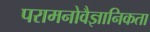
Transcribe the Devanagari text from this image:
परामनोवैज्ञानिकता